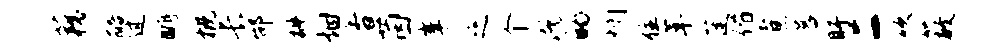
藕醅过眺概长邰椒烟香茵峰之个既的惘住革蓬偕煮暮盱二吹蔽